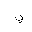
Letter: _ya